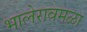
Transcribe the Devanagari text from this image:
भालेरावमळा